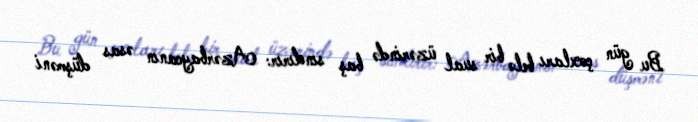
Bu gün çoxları belə bir sual üzərində baş sındırır: Azərbaycanın əsas düşməni